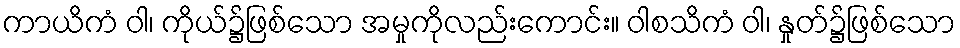
ကာယိကံ ဝါ၊ ကိုယ်၌ဖြစ်သော အမှုကိုလည်းကောင်း။ ဝါစသိကံ ဝါ၊ နှုတ်၌ဖြစ်သော